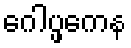
ဂေါပ္ဖကေန